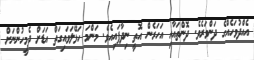
އެއްދުވަހެއްގެ ދަންވަރެވެ. ދޮންތައާއި އަހަރެން އޮތީ ނިދާފައިއެވެ. މަންމަ ހަޅޭލަވައިގަތް އަޑަށް ދެމީހުންނަށް